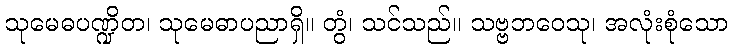
သုမေဓပဏ္ဍိတ၊ သုမေဓာပညာရှိ။ တွံ၊ သင်သည်။ သဗ္ဗဘဝေသု၊ အလုံးစုံသော